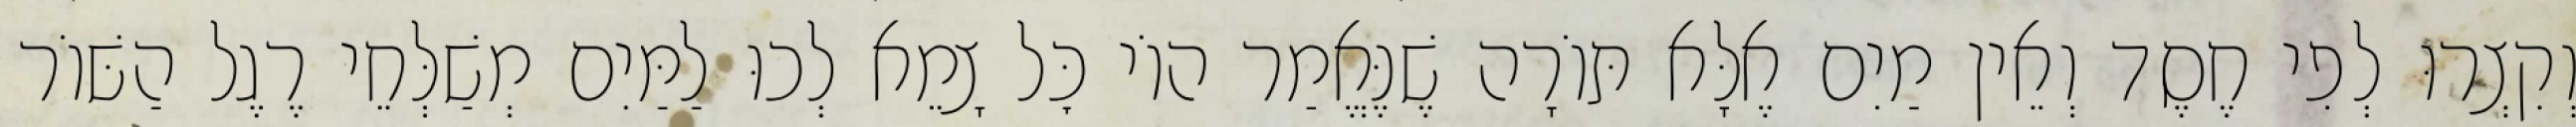
וְקִצְרוּ לְפִי חֶסֶד וְאֵין מַיִם אֶלָּא תּוֹרָה שֶׁנֶּאֱמַר הוֹי כׇּל צָמֵא לְכוּ לַמַּיִם מְשַׁלְּחֵי רֶגֶל הַשּׁוֹר